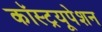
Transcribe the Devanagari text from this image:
कॉस्ट्रयूपेशन